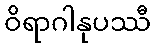
ဝိရာဂါနုပဿီ